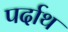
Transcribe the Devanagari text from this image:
पर्दाथ